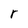
Character: r